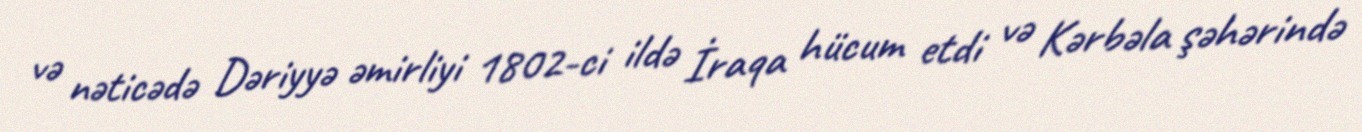
və nəticədə Dəriyyə əmirliyi 1802-ci ildə İraqa hücum etdi və Kərbəla şəhərində